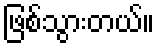
ဖြစ်သွားတယ်။